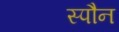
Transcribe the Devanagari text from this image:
स्पौन